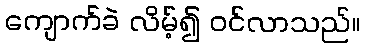
ကျောက်ခဲ လိမ့်၍ ဝင်လာသည်။